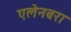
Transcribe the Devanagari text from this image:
एलेनबरा